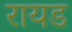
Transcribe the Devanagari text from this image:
रायड